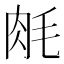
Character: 𬚱